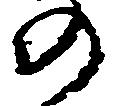
の